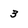
Character: 3